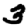
Digit: 3